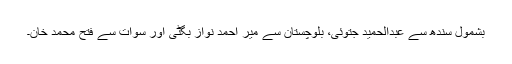
بشمول سندھ سے عبدالحمید جتوئی، بلوچستان سے میر احمد نواز بگٹی اور سوات سے فتح محمد خان۔